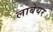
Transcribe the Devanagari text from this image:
लाबेयर